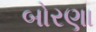
બોરણા